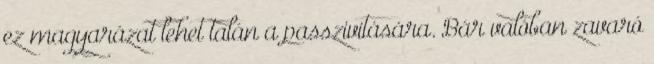
ez magyarázat lehet talán a passzivitására. Bár valóban zavaró